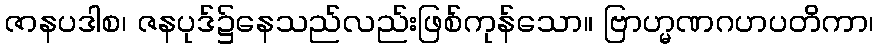
ဇာနပဒါစ၊ ဇနပုဒ်၌နေသည်လည်းဖြစ်ကုန်သော။ ဗြာဟ္မဏဂဟပတိကာ၊